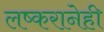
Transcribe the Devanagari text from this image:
लष्करानेही